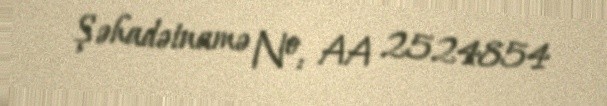
Şəhadətnamə №: AA 2524854